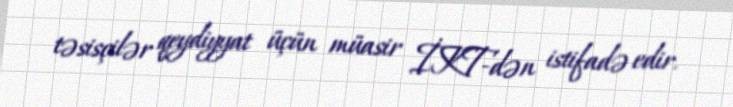
təsisçilər qeydiyyat üçün müasir İKT-dən istifadə edir.